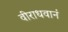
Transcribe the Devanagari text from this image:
वीराधवानं